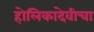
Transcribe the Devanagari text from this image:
होलिकादेवीचा